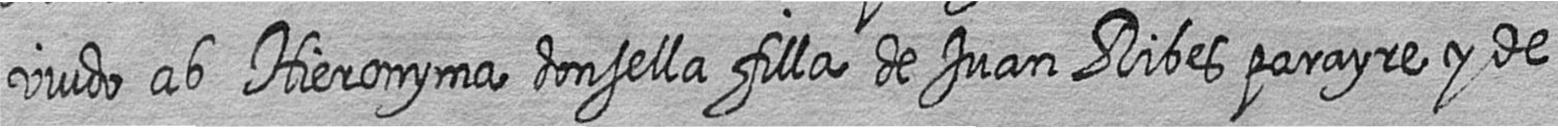
viudo ab Hieronyma donsella filla de Juan Ribes parayre y de